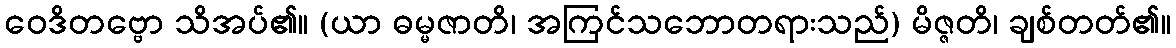
ဝေဒိတဗ္ဗော သိအပ်၏။ (ယာ ဓမ္မဇာတိ၊ အကြင်သဘောတရားသည်) မိဇ္ဇတိ၊ ချစ်တတ်၏။